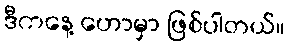
ဒီကနေ့ ဟောမှာ ဖြစ်ပါတယ်။